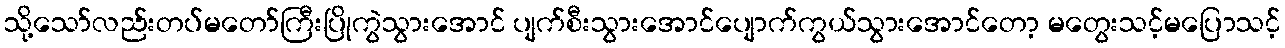
သို့သော်လည်းတပ်မတော်ကြီးပြိုကွဲသွားအောင် ပျက်စီးသွားအောင်ပျောက်ကွယ်သွားအောင်တော့ မတွေးသင့်မပြောသင့်